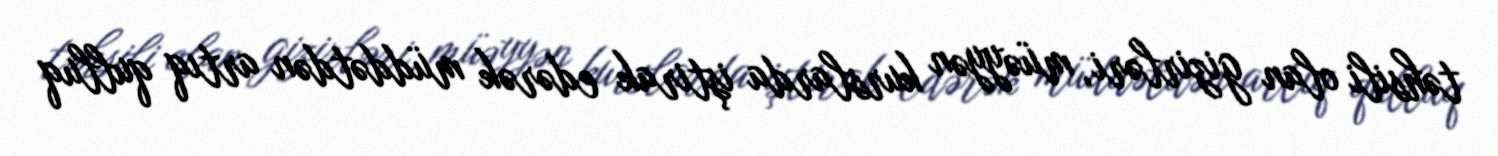
təhsili olan gizirləri, müəyyən kurslarda iştirak edərək müddətdən artıq qulluq